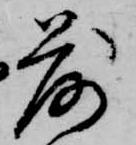
落